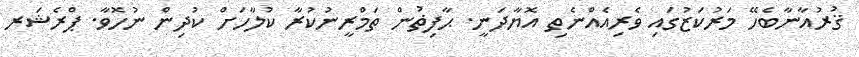
ޤުރުއާނާބެހޭ މަރުކަޒުގައި ވެރިއެއްނެތި އޮޔާދަނީ. ޙާފިޡުން ތަމްރީނުކުރާ ކުލާހަށް ކުދިން ނުހޮވާ. ޕްރެޝަރ